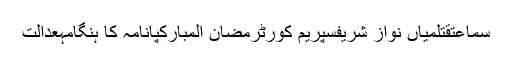
سماعتقتلمیاں نواز شریفسپریم کورٹرمضان المبارکپانامہ کا ہنگامہعدالت